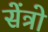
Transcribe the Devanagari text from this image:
सेंत्रो